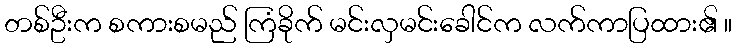
တစ်ဦးက စကားစမည် ကြံခိုက် မင်းလှမင်းခေါင်က လက်ကာပြထား၏ ။